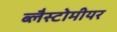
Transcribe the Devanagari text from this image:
ब्लैस्टोमीयर